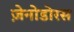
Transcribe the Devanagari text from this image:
ज़ेनोडोरस